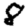
Digit: 8